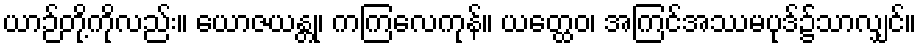
ယာဉ်တို့ကိုလည်း။ ယောဇယန္တု၊ ကကြလေကုန်။ ယတ္ထေဝ၊ အကြင်အဿမပုဒ်၌သာလျှင်။